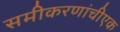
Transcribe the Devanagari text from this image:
समीकरणांचीएक